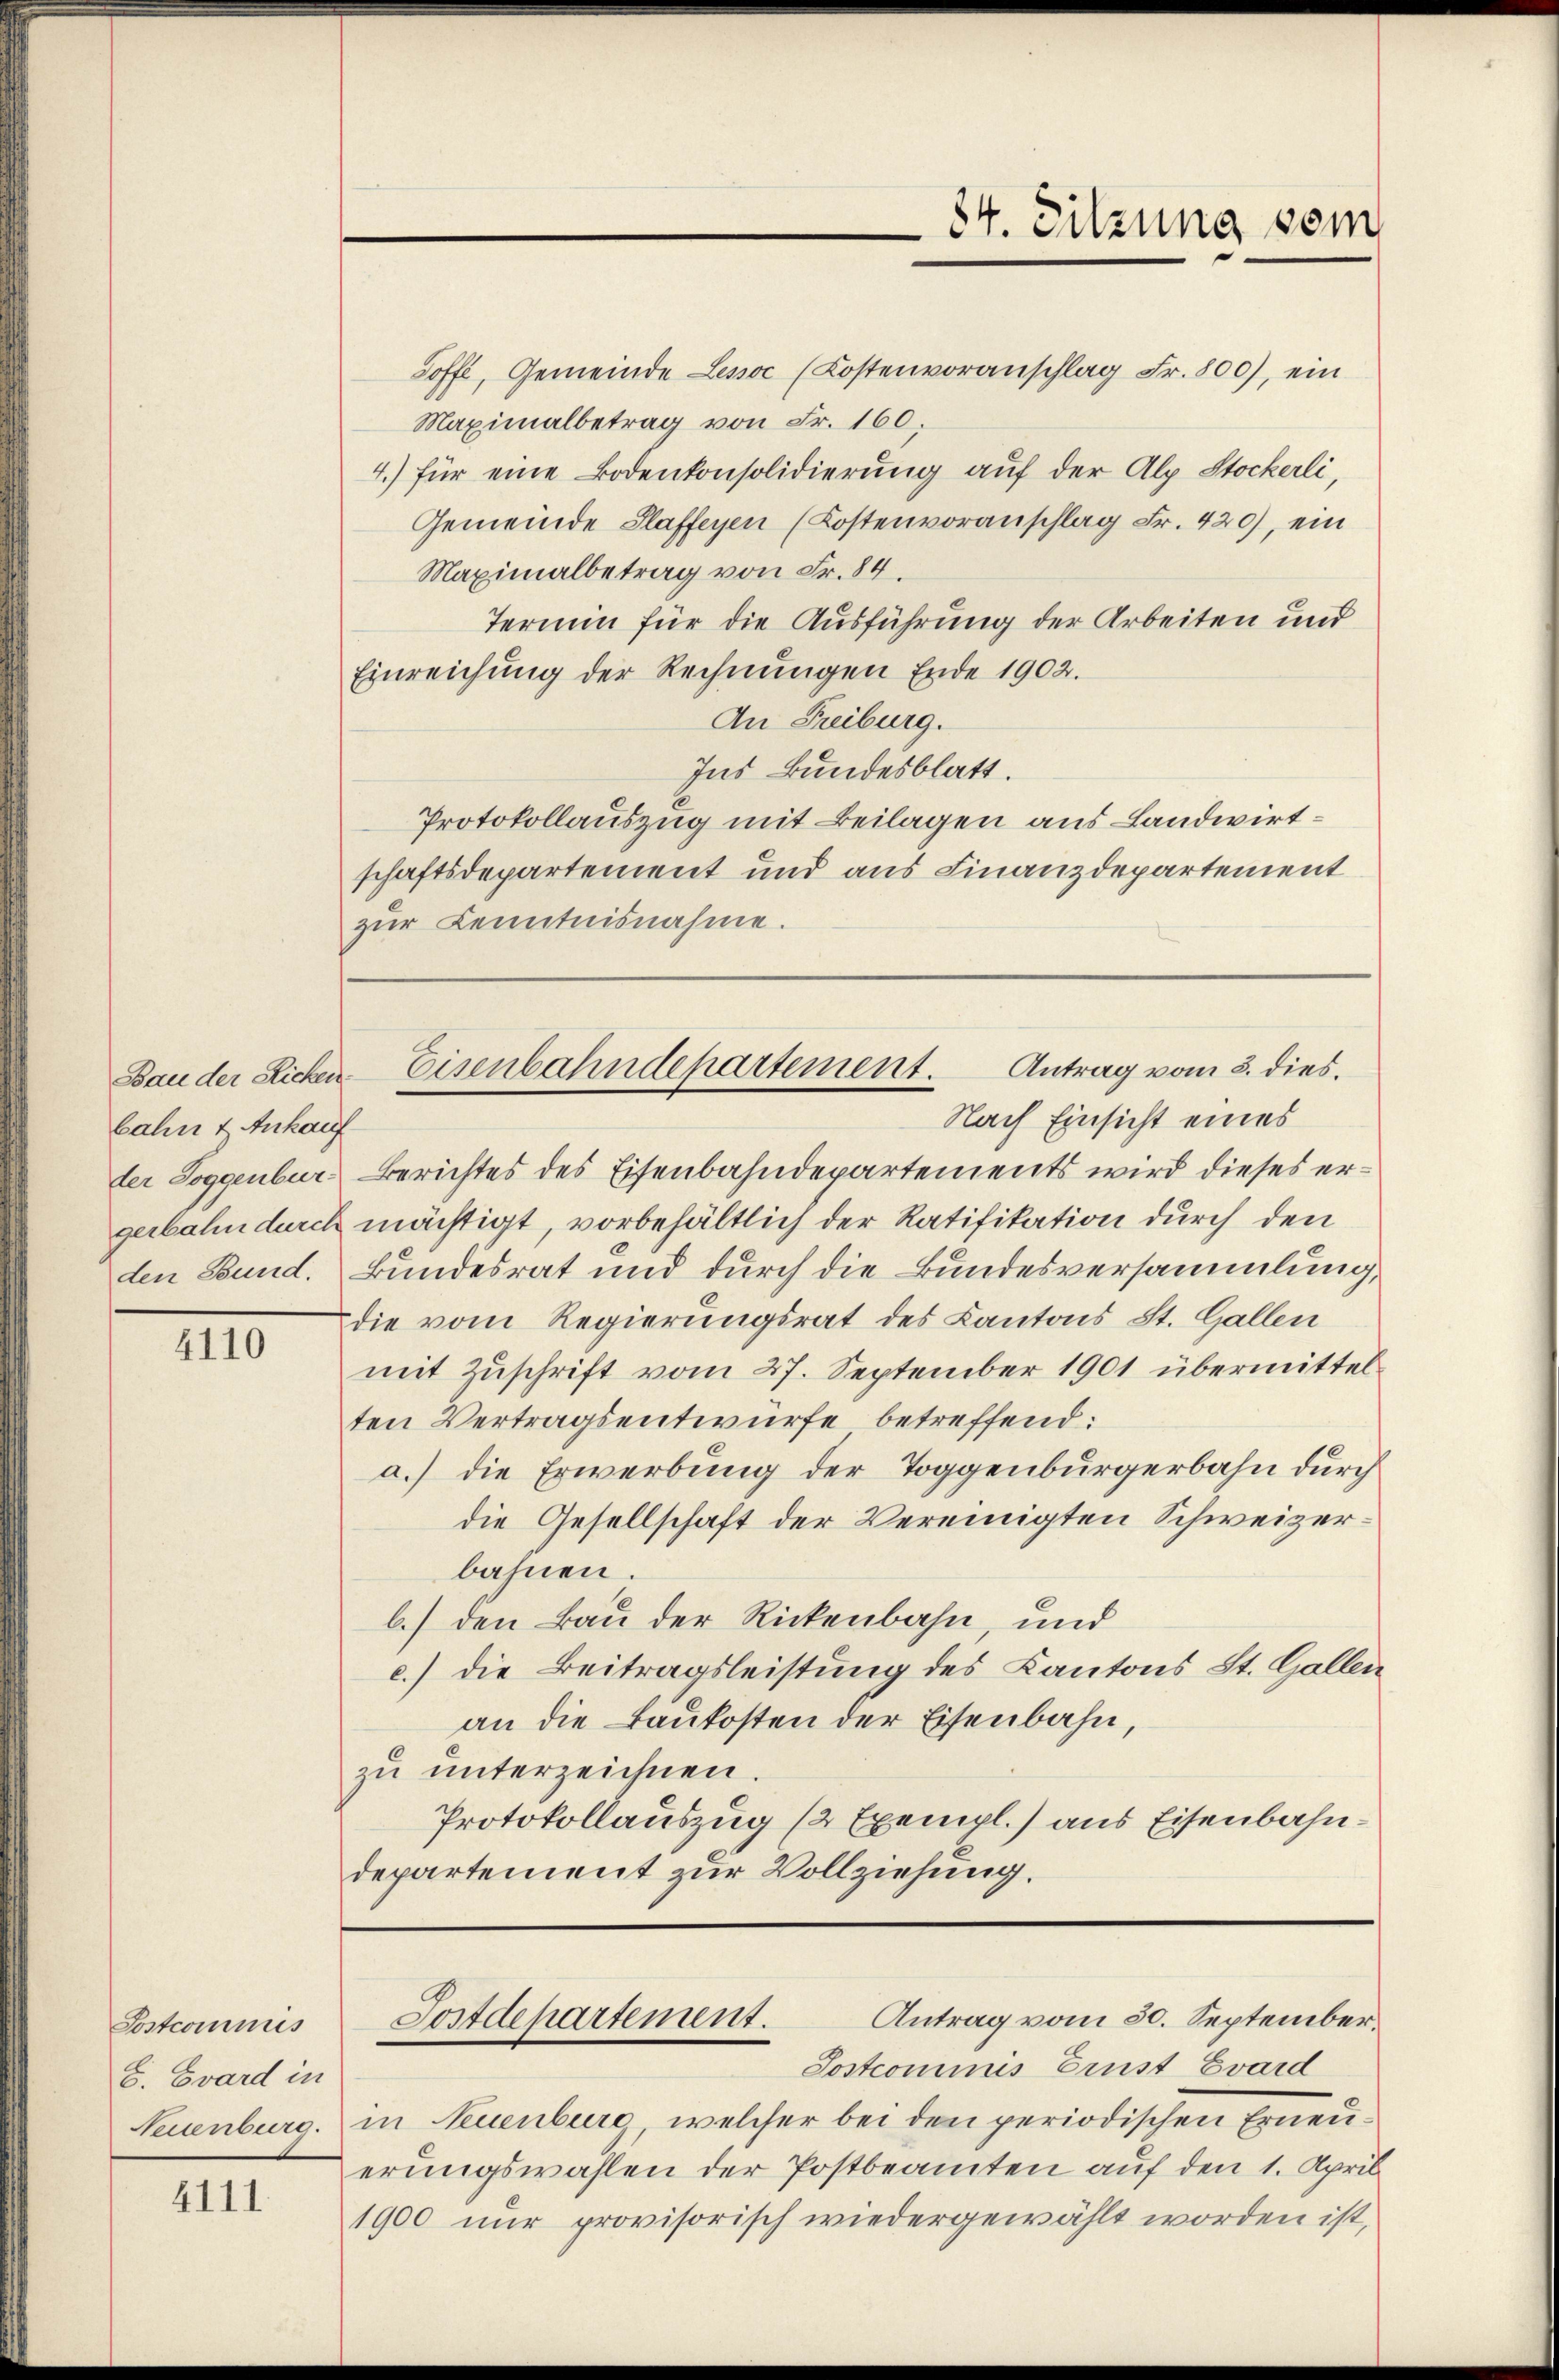
bahn & Ankauf
der Toggenburgerbahn durch

4110

Postcommis
8. Evard in
Neuenburg.

4111

84. Sitzung sein

Toffl, Gemeinde Lessoc (Kostenvoranschlag Fr. 800), ein
Maximalbetrag von Fr. 160.
4.) für eine Bodenkonsolidierung auf der Alp Stockerli,
Gemeinde Staffeyen (Kostenvoranschlag Fr. 420), ein
Maximalbetrag von Fr. 84.
Termin für die Ausführung der Arbeiten und
Einreichung der Rechnŭngen Ende 1902.
An Freiburg.
Ins Bundesblatt.
Protokollauszug mit Beilagen aus Landwirtschaftsdepartement und aus Finanzdepartement
zŭr Kenntnisnahme.

Nach Einsicht eines
Berichtes des Eisenbahndepartements wird dieses ermächtigt, vorbehältlich der Ratifikation durch den
den Bund. Bundesrat und durch die Bundesversammlung,
die vom Regierungsrat des Kantons St. Gallen
mit Zŭschrift vom 27. September 1901 übermittel-
ten Vertragsentwurfe betreffend:
a.) die Erwerbung der Toggenburgerbahn durch
die Gesellschaft der Vereinigten Schweizerbahnen
b.) den Bau der Rickenbahn, und
c.) die Beitragsleistung des Kantons St. Gallen
an die Baukosten der Eisenbahn,
zu unterzeichnen.
Protokollauszug (2 Exempl.) aus Eisenbahndepartement zur Vollziehung.

Bau der Richen Eisenbahndepartement. Antrag vom 3. dies

Sostcommis Ernst Evard
in Neuenburg, welcher bei den periodischen Erneuerungswahlen der Postbeamten auf den 1. April
1900 nur provisorisch wiedergewählt worden ist,

Antrag vom 30. September.
Postdepartement.